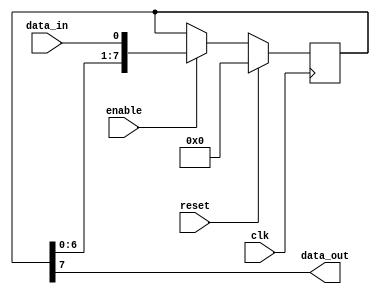
module siso_shift_register (
    input clk,
    input enable,
    input reset,
    input data_in,
    output reg data_out
);

reg [7:0] reg_data;

always @(posedge clk) begin
    if (reset)
        reg_data <= 8'b0;
    else if (enable)
        reg_data <= {reg_data[6:0], data_in};
end

assign data_out = reg_data[7];

endmodule